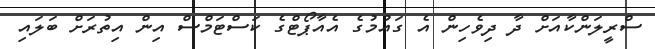
ސްރީލަންކާއަށް ދާ ދިވެހިން އެ ގައުމުގެ އެއާޕޯޓްގެ ކަސްޓަމްސް އިން އިތުރަށް ބަލައި